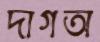
দাগঅ